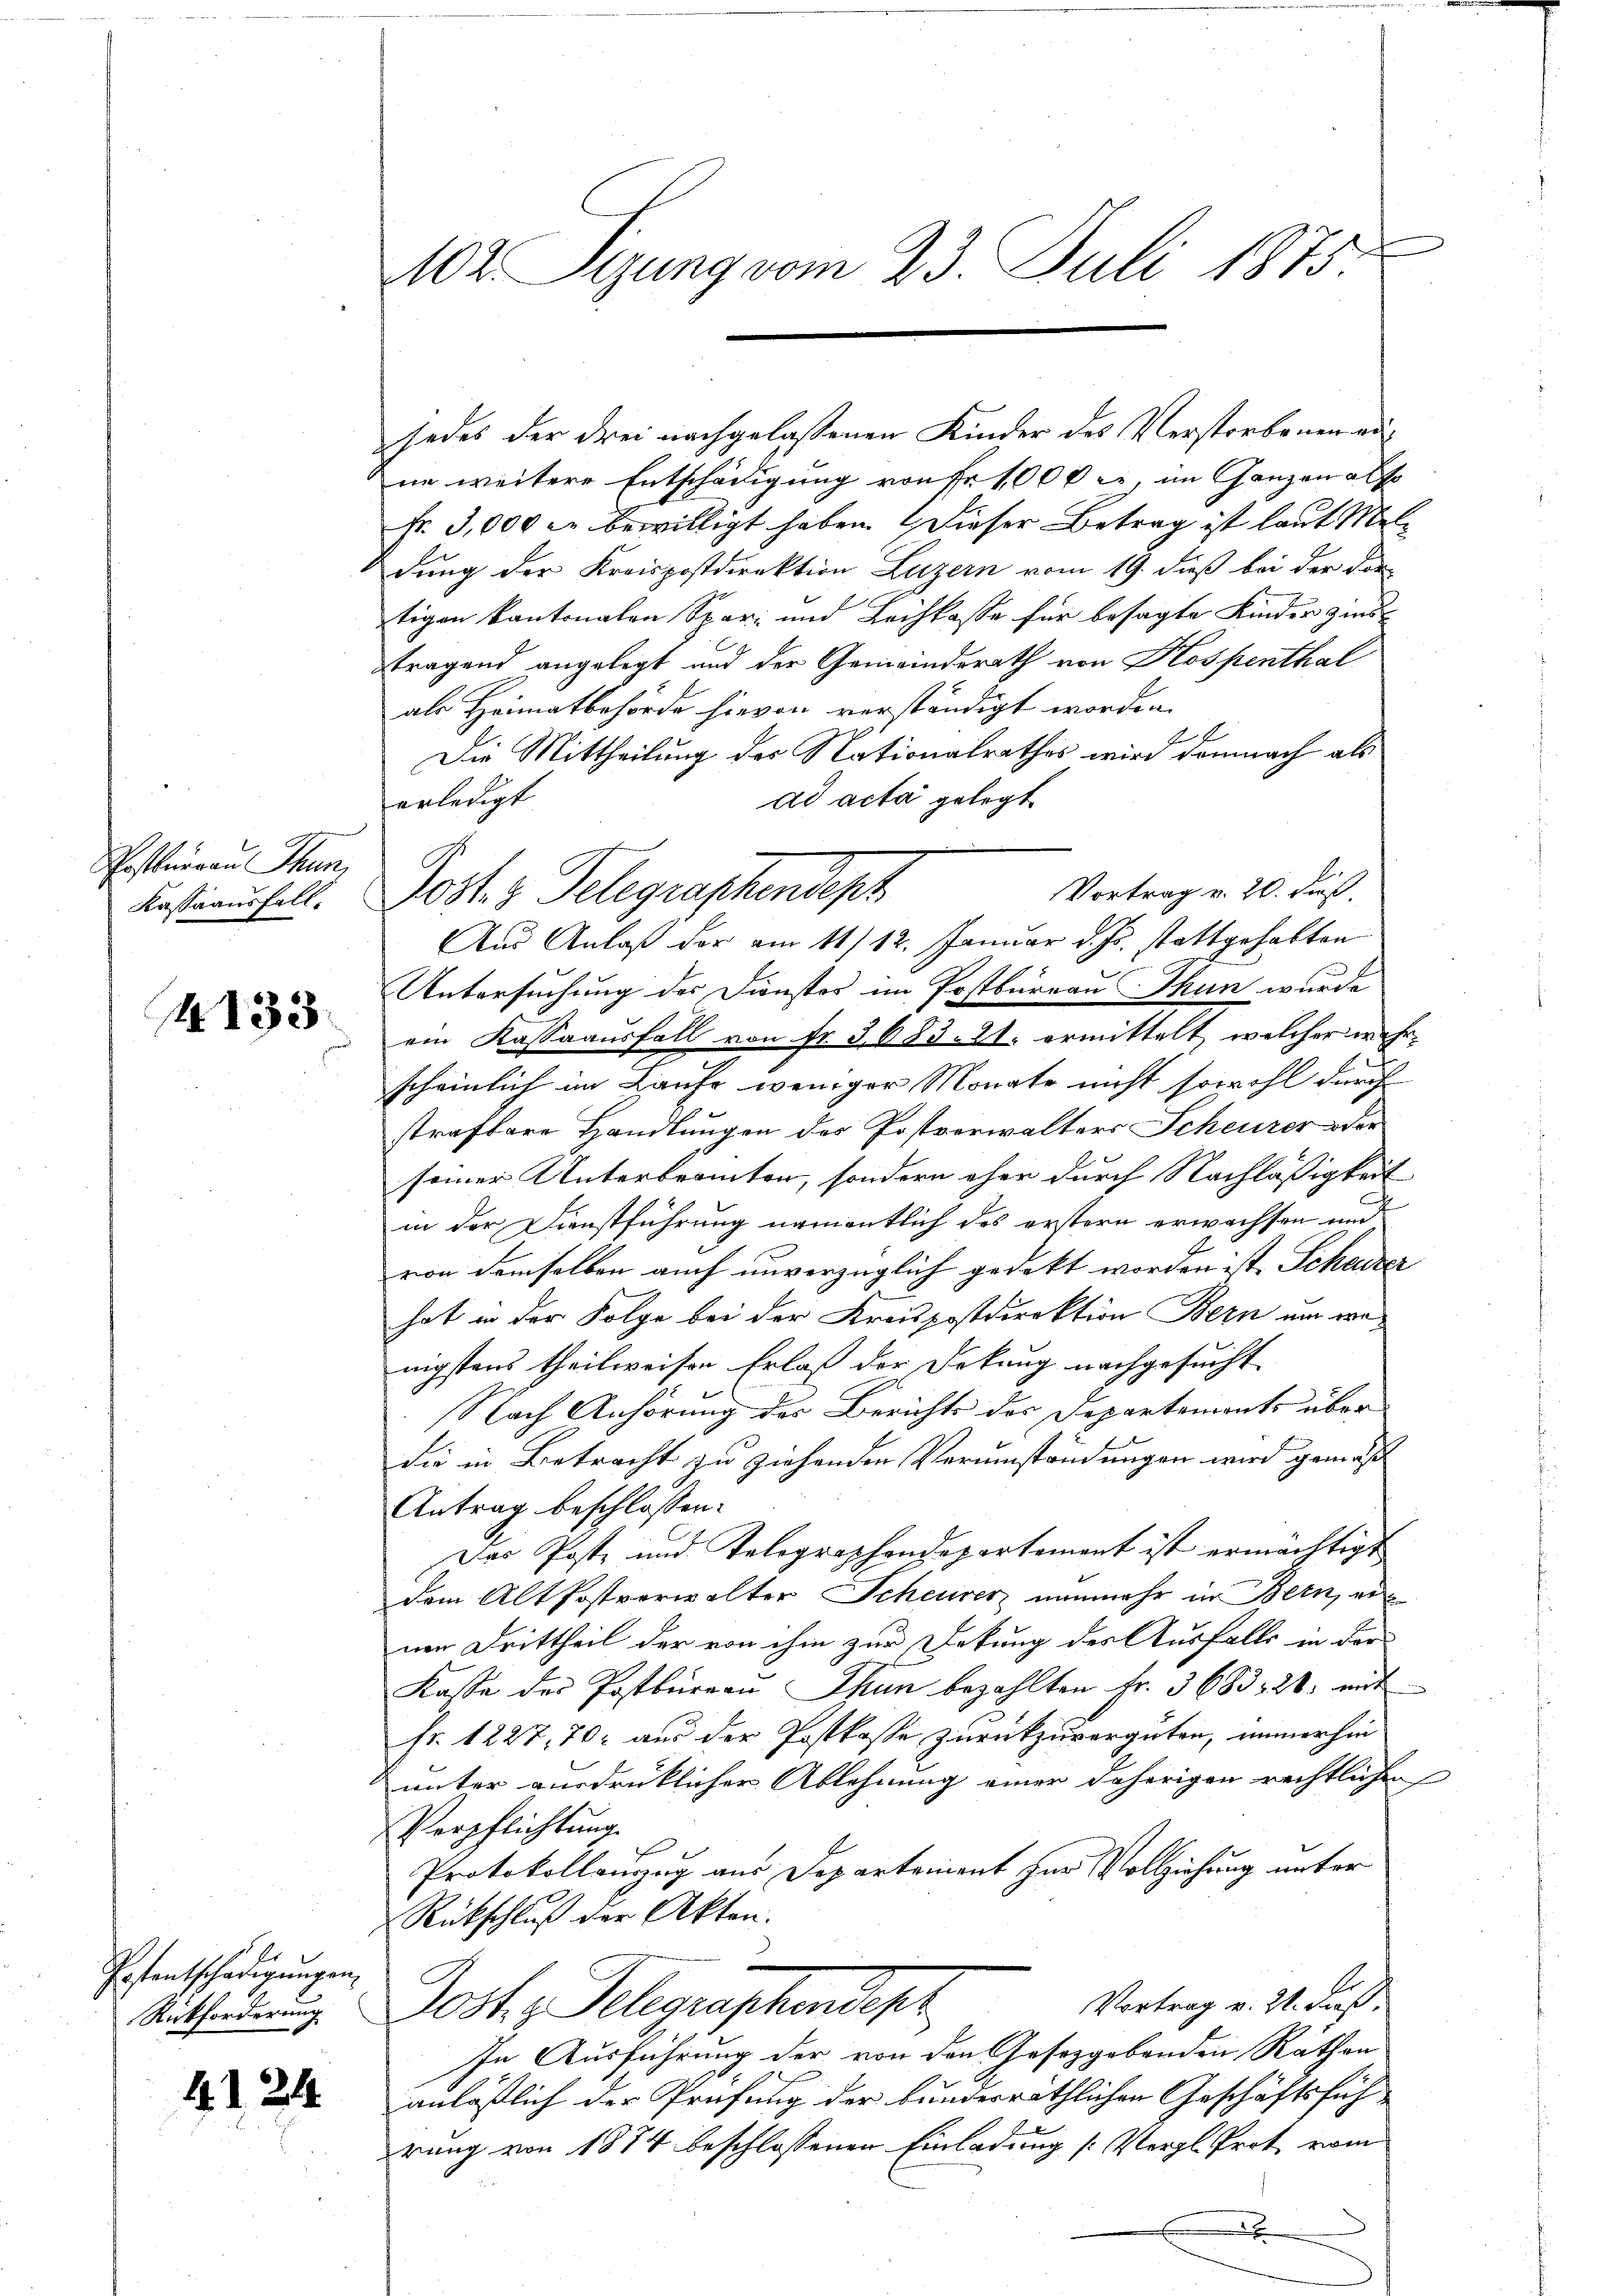
Postnuerau Thun,
Kassaausfall

4133.

Gestentschädigungen,
Rückforderung

4. 1244

jedes der drei nachgelassenen Kinder des Verstorbenen eine weitere Entschädigung von Fr. 1000 l. im Ganzen als
Fr. 3,000 c. bewilligt haben. Dieser Betrag ist laut Meldung der Kreispostdirektion Luzern vom 19. dieß bei der dor-
tigen kantonalen Spar- und Leihkasse für besagte Kinder Zins
stragend angelegt und der Gemeindsrath von Hospenthal
als Heimatbehörde hievon verständigt worden.
Die Mittheilung des Nationalrathes wird demnach als
erledigt
ad acta gelegt
Vortrag v. 20. dieß
Post. z. Telegraphendest
Aus Anlaß der am 11/12. Januar d. Js. stattgehabten
Untersuchung des Dienstes im Postbureau Thun wurde
ein Kassaausfall von fr. 3683. 21. ermittelt, welcher wehrscheinlich im Laufe weniger Monate nicht sowohl durch
strafbare Handlungen des Postverwalters Scheurer oder
seiner Unterbranten, sondern eher durch Nachläßigkeit
in der Dienstführung namentlich des erstern erwachsen und
von demselben auch unverzüglich gedekt worden ist. Scheurer |
hat in der Folge bei der Kreispostdirektion Bern um wanigstens theilweisen Erlaß der Frkung nachgesucht
Nach Anhörung des Berichts der Departemonts über
die in Betracht zu ziehenden Verumständungen wird gemäß
Antrag beschlossen:
Das Poste und Telegraphendepartement ist ermächtigt
dem Alt Postverwalter Scheurer nunmehr in Bern, ernen Drittheil der von ihm zur Dekung des Ausfalls in der
Kasse des Postbüreaŭ Thun bezahlten Fr. 3683328: mit
fr. 1227, 70 aus der Postkasse zurückzuvergüten, immerhin
unter ausdrücklicher Ablehnung einer daherigen rechtlichen
Verpflichtung
Protokollanzug aus Departement zur Vollziehung unter
Rückschluß der Akten.
Vortrag v. 2. Fuß
Jost, Gelegenschendes
In Ausführung der von den Gesetzgebenden Räthen
anläßlich der Prüfung der bunderräthlichen Geschäftsfüh¬
E
prung von 1874 beschlossenen Einladung (Vergl. Prot vom
x

402. Sizung vom 23. Juli 1875.